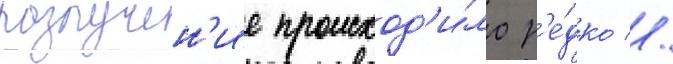
разлучен'ие происход'и́ло р'е́дко //